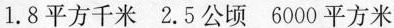
1.8平方千米 2.5公顷 6000平方米